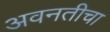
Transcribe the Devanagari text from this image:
अवनतीचा